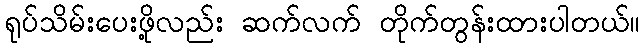
ရုပ်သိမ်းပေးဖို့လည်း ဆက်လက် တိုက်တွန်းထားပါတယ်။